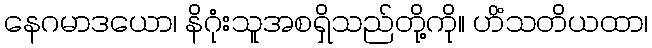
နေဂမာဒယော၊ နိဂုံးသူအစရှိသည်တို့ကို။ ဟိံသတိယထာ၊